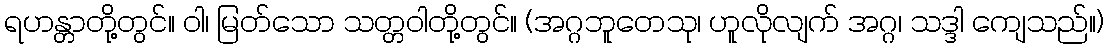
ရဟန္တာတို့တွင်။ ဝါ၊ မြတ်သော သတ္တဝါတို့တွင်။ (အဂ္ဂဘူတေသု၊ ဟူလိုလျက် အဂ္ဂ၊ သဒ္ဒါ ကျေသည်။)